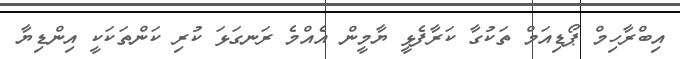
އިބްރާހިމް ޕޯޑިއަމް ތަކުގާ ކަރާފެޅީ ޔާމީން އެއްމެ ރަނގަޅަ ކުރި ކަންތަކަކީ އިންޑިޔާ